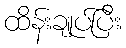
ထိန်းချုပ်ပြီး